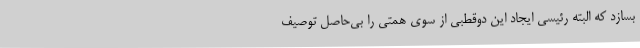
بسازد که البته رئیسی ایجاد این دوقطبی از سوی همتی را بی‌حاصل توصیف